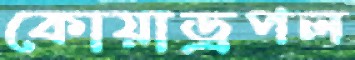
কোয়াড্রপল